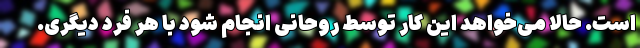
است. حالا می‌خواهد این کار توسط روحانی انجام شود با هر فرد دیگری.